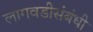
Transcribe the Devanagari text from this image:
लागवडीसंबंधी